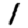
Digit: 1